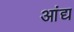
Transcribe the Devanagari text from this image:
आंद्य